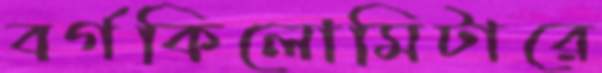
বর্গকিলোমিটারে